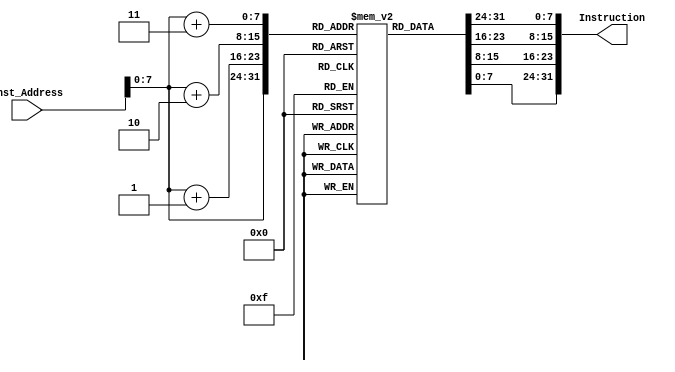
module Instruction_Memory
(
	input [63:0] Inst_Address,
	output reg [31:0] Instruction
);

reg [7:0] inst_mem[159:0];
initial
begin 


	inst_mem[0] = 8'b10010011;
	inst_mem[1] = 8'b00000101;
	inst_mem[2] = 8'b01000000 ;
	inst_mem[3] = 8'b00000000;
	inst_mem[4] = 8'b00010011;
	inst_mem[5] = 8'b00000011 ;
	inst_mem[6] = 8'b00000000 ;
	inst_mem[7] = 8'b00000000 ;
	inst_mem[8] = 8'b10010011;
	inst_mem[9] = 8'b00000011;
	inst_mem[10] = 8'b00000000 ;
	inst_mem[11] = 8'b00000000 ;
	inst_mem[12] = 8'b10010011;
	inst_mem[13] = 8'b00000010 ;
	inst_mem[14] = 8'b00000000 ;
	inst_mem[15] = 8'b00000000 ;
	inst_mem[16] = 8'b01100011;
	inst_mem[17] = 8'b00001000 ;
	inst_mem[18] = 8'b10110011 ;
	inst_mem[19] = 8'b00001000 ;
	inst_mem[20] = 8'b10010011;
	inst_mem[21] = 8'b00001010 ;
	inst_mem[22] = 8'b00000000 ;
	inst_mem[23] = 8'b00000000 ;
	inst_mem[24] = 8'b10110011;
	inst_mem[25] = 8'b10001010  ;
	inst_mem[26] = 8'b01101010  ;
	inst_mem[27] = 8'b00000000 ;
	inst_mem[28] = 8'b10110011;
	inst_mem[29] = 8'b10001010;
	inst_mem[30] = 8'b01101010;
	inst_mem[31] = 8'b00000000;
	inst_mem[32] = 8'b10110011;
	inst_mem[33] = 8'b10001010;
	inst_mem[34] = 8'b01101010;
	inst_mem[35] = 8'b00000000;
	inst_mem[36] = 8'b10110011;
	inst_mem[37] = 8'b10001010;
	inst_mem[38] = 8'b01101010;
	inst_mem[39] = 8'b00000000;
	inst_mem[40] = 8'b10110011;
	inst_mem[41] = 8'b10001010;
	inst_mem[42] = 8'b01101010;
	inst_mem[43] = 8'b00000000;
	inst_mem[44] = 8'b10110011;
	inst_mem[45] = 8'b10001010;
	inst_mem[46] = 8'b01101010;
	inst_mem[47] = 8'b00000000;
	inst_mem[48] = 8'b10110011;
	inst_mem[49] = 8'b10001010;
	inst_mem[50] = 8'b01101010;
	inst_mem[51] = 8'b00000000;
	inst_mem[52] = 8'b10110011;
	inst_mem[53] = 8'b10001010;
	inst_mem[54] = 8'b01101010;
	inst_mem[55] = 8'b00000000;
	inst_mem[56] = 8'b00010011;
	inst_mem[57] = 8'b00000011  ;
	inst_mem[58] = 8'b00010011  ;
	inst_mem[59] = 8'b00000000  ;
	inst_mem[60] = 8'b10010011;
	inst_mem[61] = 8'b00000011 ;
	inst_mem[62] = 8'b00000000 ;
	inst_mem[63] = 8'b00000000 ;
	inst_mem[64] = 8'b10010011;
	inst_mem[65] = 8'b00000011;
	inst_mem[66] = 8'b00000011;
	inst_mem[67] = 8'b00000000;
	inst_mem[68] = 8'b11100011;
	inst_mem[69] = 8'b10000110 ;
	inst_mem[70] = 8'b10110011 ;
	inst_mem[71] = 8'b11111100 ;
	inst_mem[72] = 8'b00110011;
	inst_mem[73] = 8'b00001011 ;
	inst_mem[74] = 8'b01111011 ;
	inst_mem[75] = 8'b00000000 ;
	inst_mem[76] = 8'b00110011;
	inst_mem[77] = 8'b00001011;
	inst_mem[78] = 8'b01111011;
	inst_mem[79] = 8'b00000000;
	inst_mem[80] = 8'b00110011;
	inst_mem[81] = 8'b00001011;
	inst_mem[82] = 8'b01111011;
	inst_mem[83] = 8'b00000000;
    inst_mem[84] = 8'b00110011;
	inst_mem[85] = 8'b00001011;
	inst_mem[86] = 8'b01111011;
	inst_mem[87] = 8'b00000000;
	inst_mem[88] = 8'b00110011;
	inst_mem[89] = 8'b00001011;
	inst_mem[90] = 8'b01111011;
	inst_mem[91] = 8'b00000000;
	inst_mem[92] = 8'b00110011;
	inst_mem[93] = 8'b00001011;
	inst_mem[94] = 8'b01111011;
	inst_mem[95] = 8'b00000000;
	inst_mem[96] = 8'b00110011;
	inst_mem[97] = 8'b00001011;
	inst_mem[98] = 8'b01111011;
	inst_mem[99] = 8'b00000000;
	inst_mem[100] = 8'b00110011;
	inst_mem[101] = 8'b00001011;
	inst_mem[102] = 8'b01111011;
	inst_mem[103] = 8'b00000000;
	inst_mem[104] = 8'b10010011;
	inst_mem[105] = 8'b10000011 ;
	inst_mem[106] = 8'b00010011 ;
	inst_mem[107] = 8'b00000000 ;
	inst_mem[108] = 8'b00110011;
	inst_mem[109] = 8'b10000111 ;
	inst_mem[110] = 8'b01011010 ;
	inst_mem[111] = 8'b00000000 ;
	inst_mem[112] = 8'b10110011;
	inst_mem[113] = 8'b00000111   ;
	inst_mem[114] = 8'b01011011  ;
	inst_mem[115] = 8'b00000000 ;
	inst_mem[116] = 8'b00010011;
	inst_mem[117] = 8'b00001011  ;
	inst_mem[118] = 8'b00000000  ;
	inst_mem[119] = 8'b00000000 ;
	inst_mem[120] = 8'b00000011;
	inst_mem[121] = 8'b00111000  ;
	inst_mem[122] = 8'b00000111  ;
	inst_mem[123] = 8'b00000000  ;
	inst_mem[124] = 8'b10000011;
	inst_mem[125] = 8'b10111000 ;
	inst_mem[126] = 8'b00000111 ;
	inst_mem[127] = 8'b00000000 ;
	inst_mem[128] = 8'b11100011;
	inst_mem[129] = 8'b00000010 ;
	inst_mem[130] = 8'b00011000 ;
	inst_mem[131] = 8'b11111101 ;
	inst_mem[132] = 8'b11100011;
	inst_mem[133] = 8'b01000000 ;
	inst_mem[134] = 8'b00011000 ;
	inst_mem[135] = 8'b11111101 ;
	inst_mem[136] = 8'b00110011;
	inst_mem[137] = 8'b00001001 ;
	inst_mem[138] = 8'b00000000 ;
	inst_mem[139] = 8'b00000001 ;
	inst_mem[140] = 8'b00110011;
	inst_mem[141] = 8'b00001000 ;
	inst_mem[142] = 8'b00010000 ;
	inst_mem[143] = 8'b00000001 ;
	inst_mem[144] = 8'b00100011;
	inst_mem[145] = 8'b00110000 ;
	inst_mem[146] = 8'b00000111 ;
	inst_mem[147] = 8'b00000001 ;
	inst_mem[148] = 8'b10110011;
	inst_mem[149] = 8'b00001000 ;
	inst_mem[150] = 8'b00100000 ;
	inst_mem[151] = 8'b00000001 ;
	inst_mem[152] = 8'b00100011;
	inst_mem[153] = 8'b10110000   ;
	inst_mem[154] = 8'b00010111   ;
	inst_mem[155] = 8'b00000001   ;
	inst_mem[156] = 8'b11100011 ;
	inst_mem[157] = 8'b00000100;
	inst_mem[158] = 8'b00000000;
	inst_mem[159] = 8'b11111010;
    end 
	always @(Inst_Address)
	begin
		Instruction={inst_mem[Inst_Address+3],inst_mem[Inst_Address+2],inst_mem[Inst_Address+1],inst_mem[Inst_Address]};
	end
endmodule